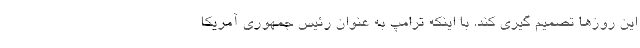
این روزها تصمیم گیری کند. با اینکه ترامپ به عنوان رئیس جمهوری آمریکا